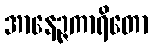
အာနေဉ္ဇကာရိတော